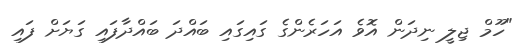
"ހޫމް ޖިލީ ނިދަން އޮވެ އަހަރެންގެ ގައިގައި ބައްދަ ބައްދާފައި ގަޔަށް ފައި